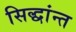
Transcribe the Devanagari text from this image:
सिद्धांन्त